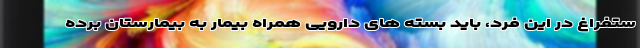
ستفراغ در این فرد، باید بسته های دارویی همراه بیمار به بیمارستان برده